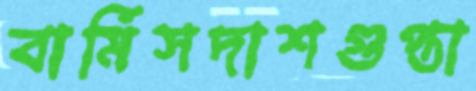
বার্মিসদাশগুপ্তা